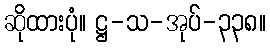
ဆိုထားပုံ။ ဋ္ဌ-သ-အုပ်-၃၃၈။